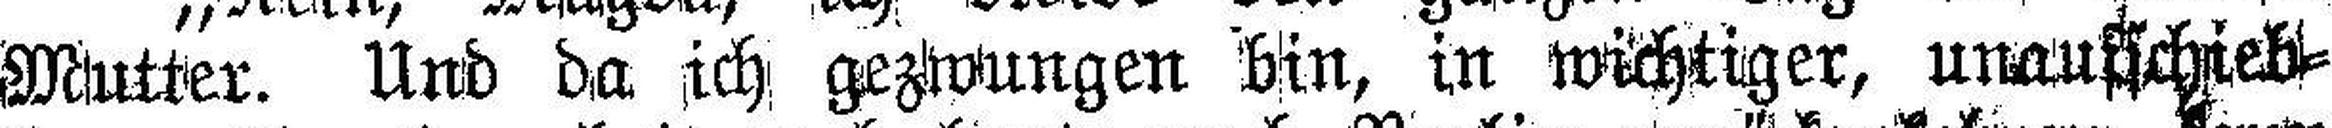
Mutter. Und da ich gezwungen bin, in wichtiger, unaufschieb¬